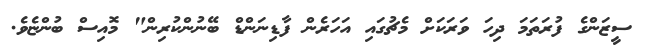
ސީޒަންގެ ފުރަތަމަ ދިހަ ވަރަކަށް މެޗުގައި އަހަރެން ފާޑިނަންޑް ބޭނުންކުރިން" މޮއިސް ބުންޏެވެ.